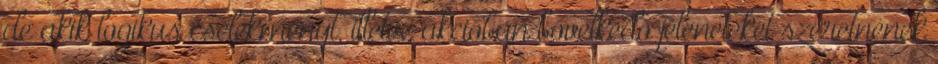
de akik logikus cselekményt, illetve akcióban bővelkedő jeleneteket szeretnének